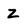
Character: Z